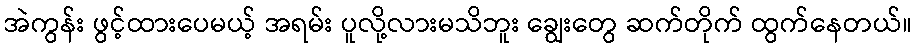
အဲကွန်း ဖွင့်ထားပေမယ့် အရမ်း ပူလို့လားမသိဘူး ချွေးတွေ ဆက်တိုက် ထွက်နေတယ်။